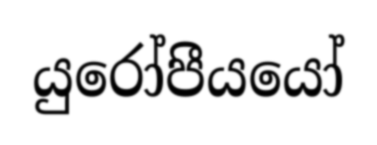
යුරෝපීයයෝ